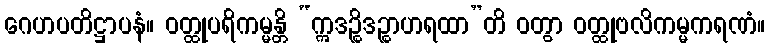
ဂေဟပတိဋ္ဌာပနံ။ ဝတ္ထုပရိကမ္မန္တိ “ဣဒဉ္စိဒဉ္စာဟရထာ”တိ ဝတွာ ဝတ္ထုဗလိကမ္မကရဏံ။